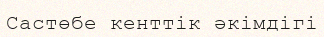
Састөбе кенттік әкімдігі